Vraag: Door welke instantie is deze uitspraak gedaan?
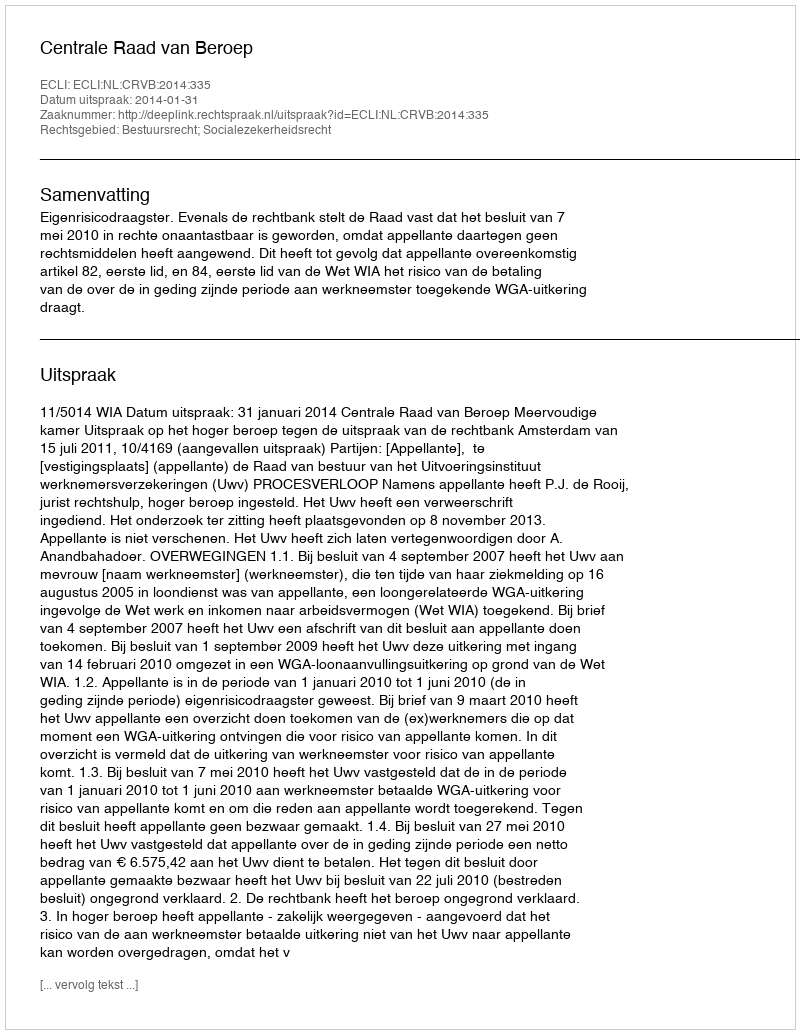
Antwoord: Centrale Raad van Beroep